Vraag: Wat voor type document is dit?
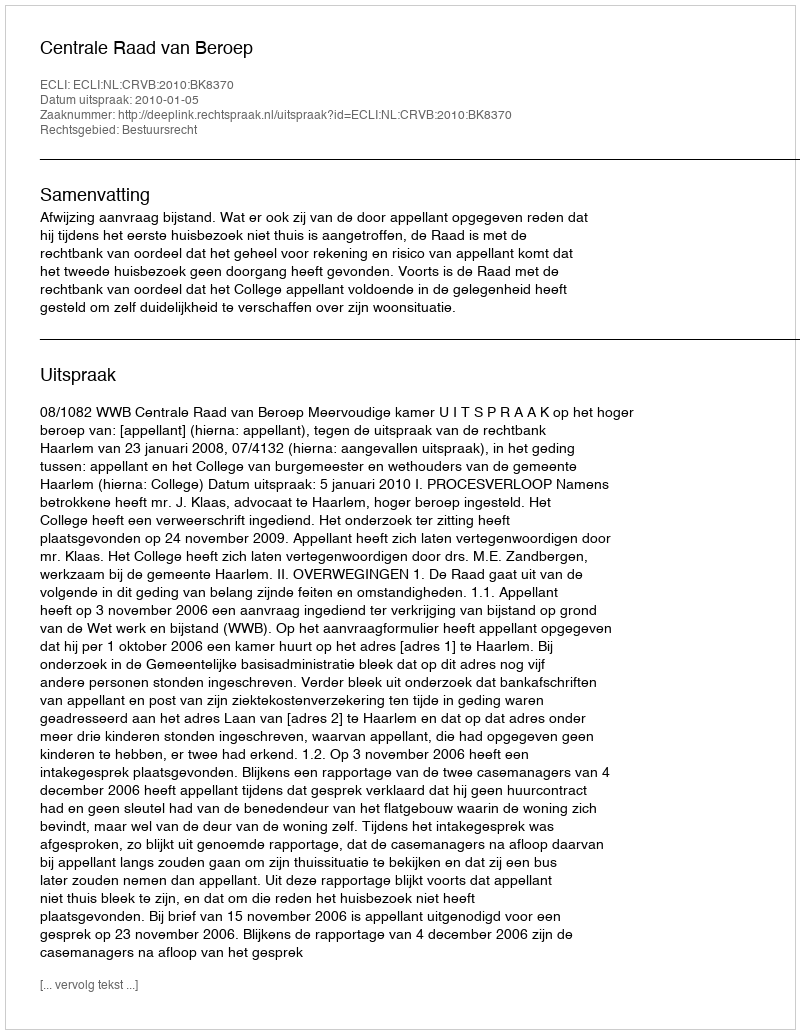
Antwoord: Uitspraak